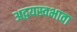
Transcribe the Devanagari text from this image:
अद्वयस्वभावा